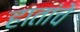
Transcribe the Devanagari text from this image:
हातांचे